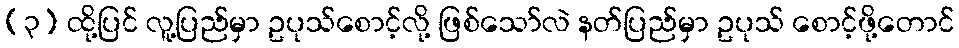
(၃) ထို့ပြင် လူ့ပြည်မှာ ဥပုသ်စောင့်လို့ ဖြစ်သော်လဲ နတ်ပြည်မှာ ဥပုသ် စောင့်ဖို့တောင်